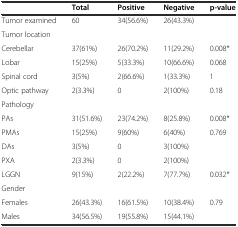
<table><thead><tr><td></td><td><b>Total</b></td><td><b>Positive</b></td><td><b>Negative</b></td><td><b>p-value</b></td></tr></thead><tbody><tr><td>Tumor examined</td><td>60</td><td>34(56.6%)</td><td>26(43.3%)</td><td></td></tr><tr><td>Tumor location</td><td></td><td></td><td></td><td></td></tr><tr><td>Cerebellar</td><td>37(61%)</td><td>26(70.2%)</td><td>11(29.2%)</td><td>0.008*</td></tr><tr><td>Lobar</td><td>15(25%)</td><td>5(33.3%)</td><td>10(66.6%)</td><td>0.068</td></tr><tr><td>Spinal cord</td><td>3(5%)</td><td>2(66.6%)</td><td>1(33.3%)</td><td>1</td></tr><tr><td>Optic pathway</td><td>2(3.3%)</td><td>0</td><td>2(100%)</td><td>0.18</td></tr><tr><td>Pathology</td><td></td><td></td><td></td><td></td></tr><tr><td>PAs</td><td>31(51.6%)</td><td>23(74.2%)</td><td>8(25.8%)</td><td>0.008*</td></tr><tr><td>PMAs</td><td>15(25%)</td><td>9(60%)</td><td>6(40%)</td><td>0.769</td></tr><tr><td>DAs</td><td>3(5%)</td><td>0</td><td>3(100%)</td><td></td></tr><tr><td>PXA</td><td>2(3.3%)</td><td>0</td><td>2(100%)</td><td></td></tr><tr><td>LGGN</td><td>9(15%)</td><td>2(22.2%)</td><td>7(77.7%)</td><td>0.032*</td></tr><tr><td>Gender</td><td></td><td></td><td></td><td></td></tr><tr><td>Females</td><td>26(43.3%)</td><td>16(61.5%)</td><td>10(38.4%)</td><td>0.79</td></tr><tr><td>Males</td><td>34(56.5%)</td><td>19(55.8%)</td><td>15(44.1%)</td><td></td></tr></tbody></table>